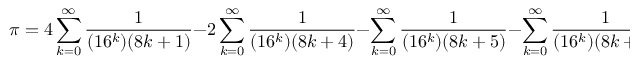
\pi = 4 \sum _ { k = 0 } ^ { \infty } { \frac { 1 } { ( 1 6 ^ { k } ) ( 8 k + 1 ) } } - 2 \sum _ { k = 0 } ^ { \infty } { \frac { 1 } { ( 1 6 ^ { k } ) ( 8 k + 4 ) } } - \sum _ { k = 0 } ^ { \infty } { \frac { 1 } { ( 1 6 ^ { k } ) ( 8 k + 5 ) } } - \sum _ { k = 0 } ^ { \infty } { \frac { 1 } { ( 1 6 ^ { k } ) ( 8 k + 6 ) } } .